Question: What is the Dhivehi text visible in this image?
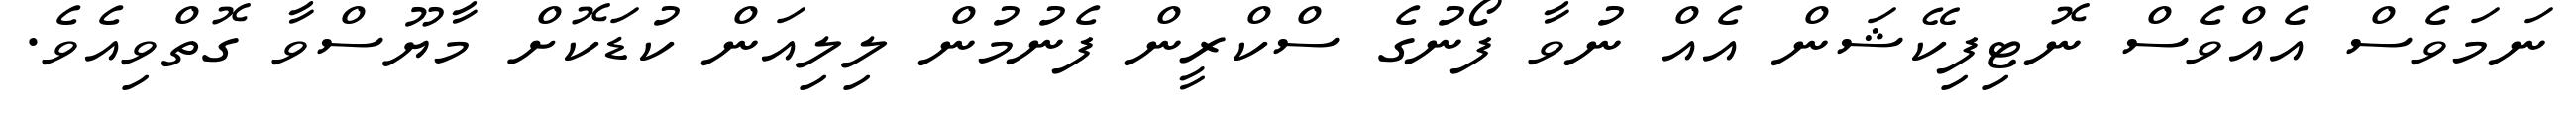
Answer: ނަމަވެސް އެއްވެސް ނޮޓިފިކޭޝަން އެއް ނުވާ ފޯނުގެ ސްކްރީން ފެނުމުން ލިލިއަން ކުޑަކޮށް މާޔޫސްވާ ގޮތްވިއެވެ.